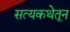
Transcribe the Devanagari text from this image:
सत्यकथेतून